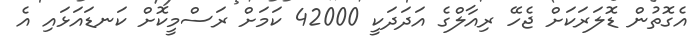
އެގޮތުން ޑޮލަރަކަށް ޖެހޭ ރިއާލްގެ އަދަދަކީ 42000 ކަމަށް ރަސްމީކޮށް ކަނޑައަޅައި އެ